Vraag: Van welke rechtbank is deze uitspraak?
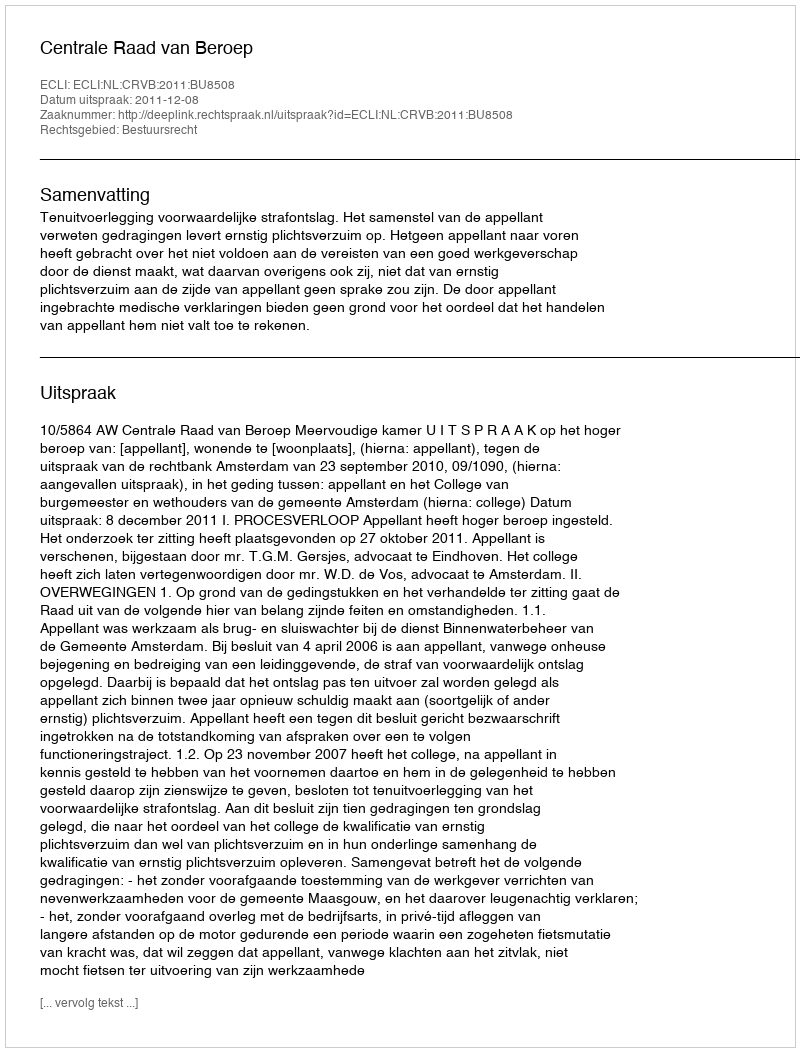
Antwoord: Centrale Raad van Beroep